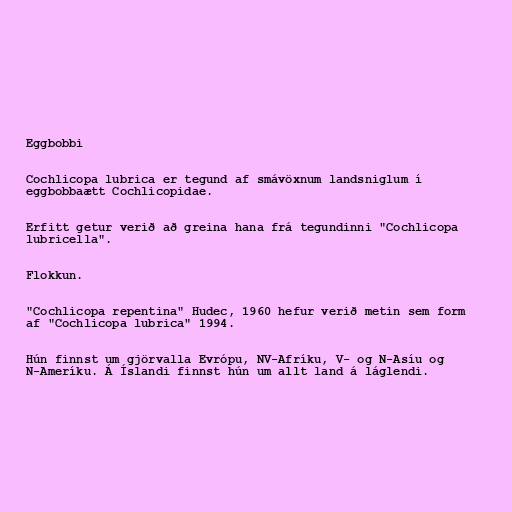
Eggbobbi

Cochlicopa lubrica er tegund af smávöxnum landsniglum í
eggbobbaætt Cochlicopidae.

Erfitt getur verið að greina hana frá tegundinni "Cochlicopa
lubricella".

Flokkun.

"Cochlicopa repentina" Hudec, 1960 hefur verið metin sem form
af "Cochlicopa lubrica" 1994.

Hún finnst um gjörvalla Evrópu, NV-Afríku, V- og N-Asíu og
N-Ameríku. Á Íslandi finnst hún um allt land á láglendi.